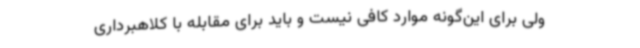
ولی برای این‌گونه موارد کافی نیست و باید برای مقابله با کلاهبرداری